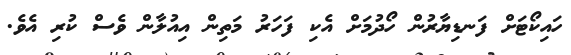
ހަައިކޯޓަށް ފަނޑިޔާރުން ހޯދުމަށް އެކި ފަހަރު މަތިން އިއުލާން ވެސް ކުރި އެވެ.